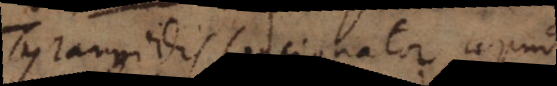
Tyrannidis concionator apud